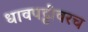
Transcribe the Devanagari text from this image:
धावपट्टीवरच